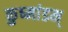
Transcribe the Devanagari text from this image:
कुष्मांडम्